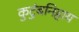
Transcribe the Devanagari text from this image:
कुटुंबनिहाय